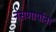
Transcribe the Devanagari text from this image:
नसणार्यांना